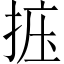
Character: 𪭽